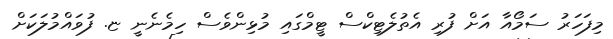
މިފަހަރު ސަމޯއާ އަށް ފުރި އެތުލެޓިކްސް ޓީމްގައި މުޅިންވެސް ހިމެނެނީ ޏ. ފުވައްމުލަކަށް